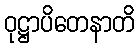
ဝုဋ္ဌာပိတေနာတိ